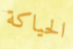
الحياكة